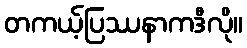
တကယ့်ပြဿနာကဒီလို။